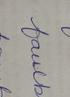
Signature authenticity: forged